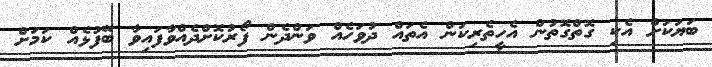
ބަޔަކަށް އެކި ގޮތްގޮތުން އެހީތެރިކަން އެތައް ދުވަހެއް ވަންދެން ފޯރުކޮށްދެއްވާފައިވާ ބޭފުޅެއް ކަމަށް